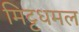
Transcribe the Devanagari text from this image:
मिट्टधमल